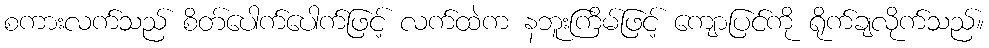
စကားလက်သည် စိတ်ပေါက်ပေါက်ဖြင့် လက်ထဲက နဘူးကြိမ်ဖြင့် ကျောပြင်ကို ရိုက်ချလိုက်သည်။